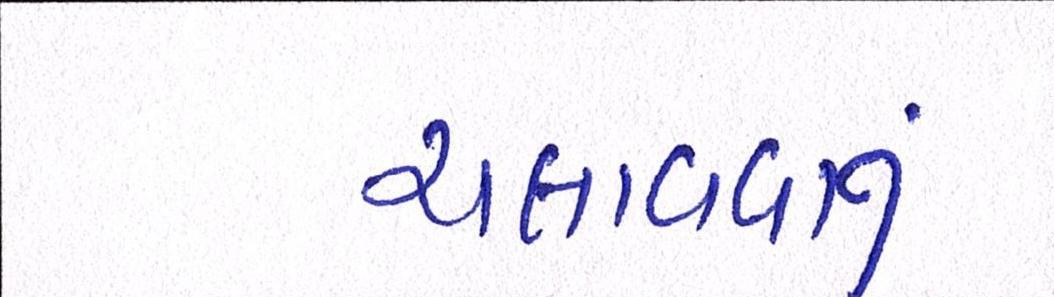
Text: ચલાવવાનુ